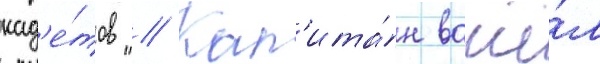
кад'е́тов // Кап'ита́н вошё́л